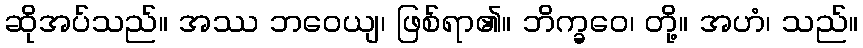
ဆိုအပ်သည်။ အဿ ဘဝေယျ၊ ဖြစ်ရာ၏။ ဘိက္ခဝေ၊ တို့။ အဟံ၊ သည်။